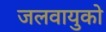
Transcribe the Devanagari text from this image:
जलवायुको